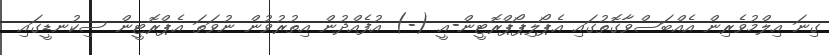
ގިނަ އިލްމުވެރިން އެއްބަސްވާގޮތުގައި އެޕޯލިޕޯޕްރޮޓީން-އީ (-) އުފެއްދުން އިތުރުވުން ނުވަތަ އެޕްރޮޓީން ސިކުނޑީގައި